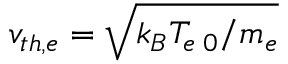
v _ { t h , e } = \sqrt { k _ { B } T _ { e \; 0 } / m _ { e } }